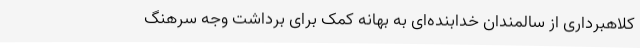
کلاهبرداری از سالمندان خدابنده‌ای به بهانه کمک برای برداشت وجه سرهنگ